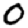
Digit: 0